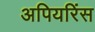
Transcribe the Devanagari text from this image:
अपियरिंस